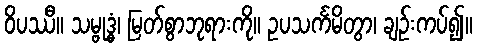
ဝိပဿီ။ သမ္ဗုဒ္ဓံ၊ မြတ်စွာဘုရားကို။ ဥပသင်္ကမိတွာ၊ ချဉ်းကပ်၍။